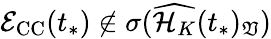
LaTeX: \mathcal{E}_{\mathrm{CC}}(t_{*})\not\in\sigma(\widehat{\mathcal{H}_{K}}(t_{*})_{\mathfrak{V}})